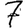
Digit: 7